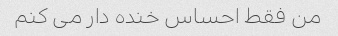
من فقط احساس خنده دار می کنم